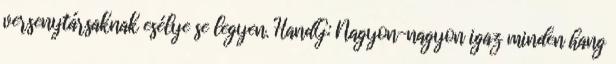
versenytársaknak esélye se legyen. HandG: Nagyon-nagyon igaz minden hang